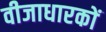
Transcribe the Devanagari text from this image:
वीजाधारकों